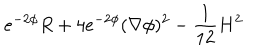
LaTeX: e ^ { - 2 \phi } R + 4 e ^ { - 2 \phi } ( \nabla \phi ) ^ { 2 } - { \frac { 1 } { 1 2 } } H ^ { 2 }